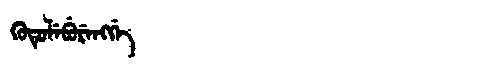
Manchu: ᡴᡠᡨᡠᠯᡝᠪᡠᡵᡝᠩᡤᡝ
Romanization: KUTULEBURENGGE